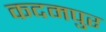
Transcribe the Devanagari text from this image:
कदमपुर